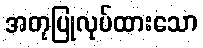
အတုပြုလုပ်ထားသော